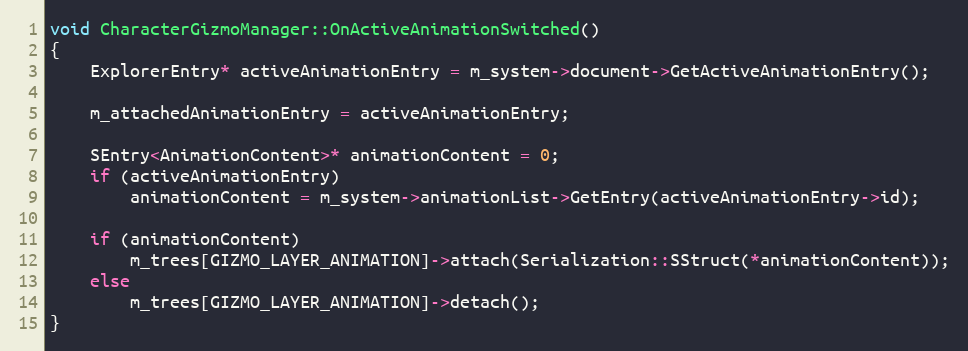
Language: C++
void CharacterGizmoManager::OnActiveAnimationSwitched()
{
	ExplorerEntry* activeAnimationEntry = m_system->document->GetActiveAnimationEntry();

	m_attachedAnimationEntry = activeAnimationEntry;

	SEntry<AnimationContent>* animationContent = 0;
	if (activeAnimationEntry)
		animationContent = m_system->animationList->GetEntry(activeAnimationEntry->id);

	if (animationContent)
		m_trees[GIZMO_LAYER_ANIMATION]->attach(Serialization::SStruct(*animationContent));
	else
		m_trees[GIZMO_LAYER_ANIMATION]->detach();
}